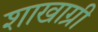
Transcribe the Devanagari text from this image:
शाखाग्री